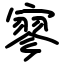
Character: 寥